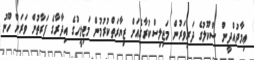
ޢިމާދުއްދީން ސްކޫލުގެ ދަރިވަރުން މަޖިލިސްކުރާގެއަށް ޒިޔާރަތްކުރުމުން މަޖިލީހުގެ އިދާރާގެ ފަރާތުން ވަރަށް ހޫނު